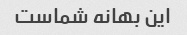
این بهانه شماست